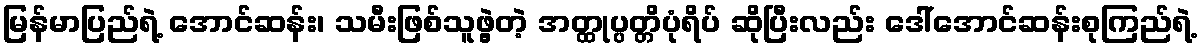
မြန်မာပြည်ရဲ့ အောင်ဆန်း၊ သမီးဖြစ်သူဖွဲ့တဲ့ အတ္ထုပ္ပတ္တိပုံရိပ် ဆိုပြီးလည်း ဒေါ်အောင်ဆန်းစုကြည်ရဲ့